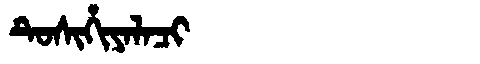
Manchu: ᡨᡠᠰᡳᡥᡳᠶᠠᠯᠠᠴᡳ
Romanization: TUSIHIYALACI